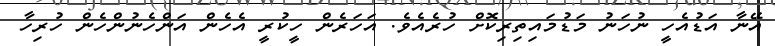
އޭނާ އަޑުއެހީ ނުހަނު މަޑުމައިތިރިކޮށް ހުރެއެވެ. އަހަރެން ހީކުރީ އެހެން އަންހެނުންހެން ހުރިހާ